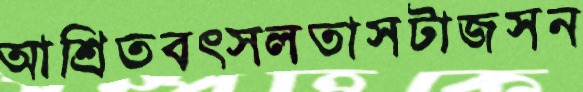
আশ্রিতবত্সলতাসটাজসন